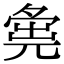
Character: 𡖴